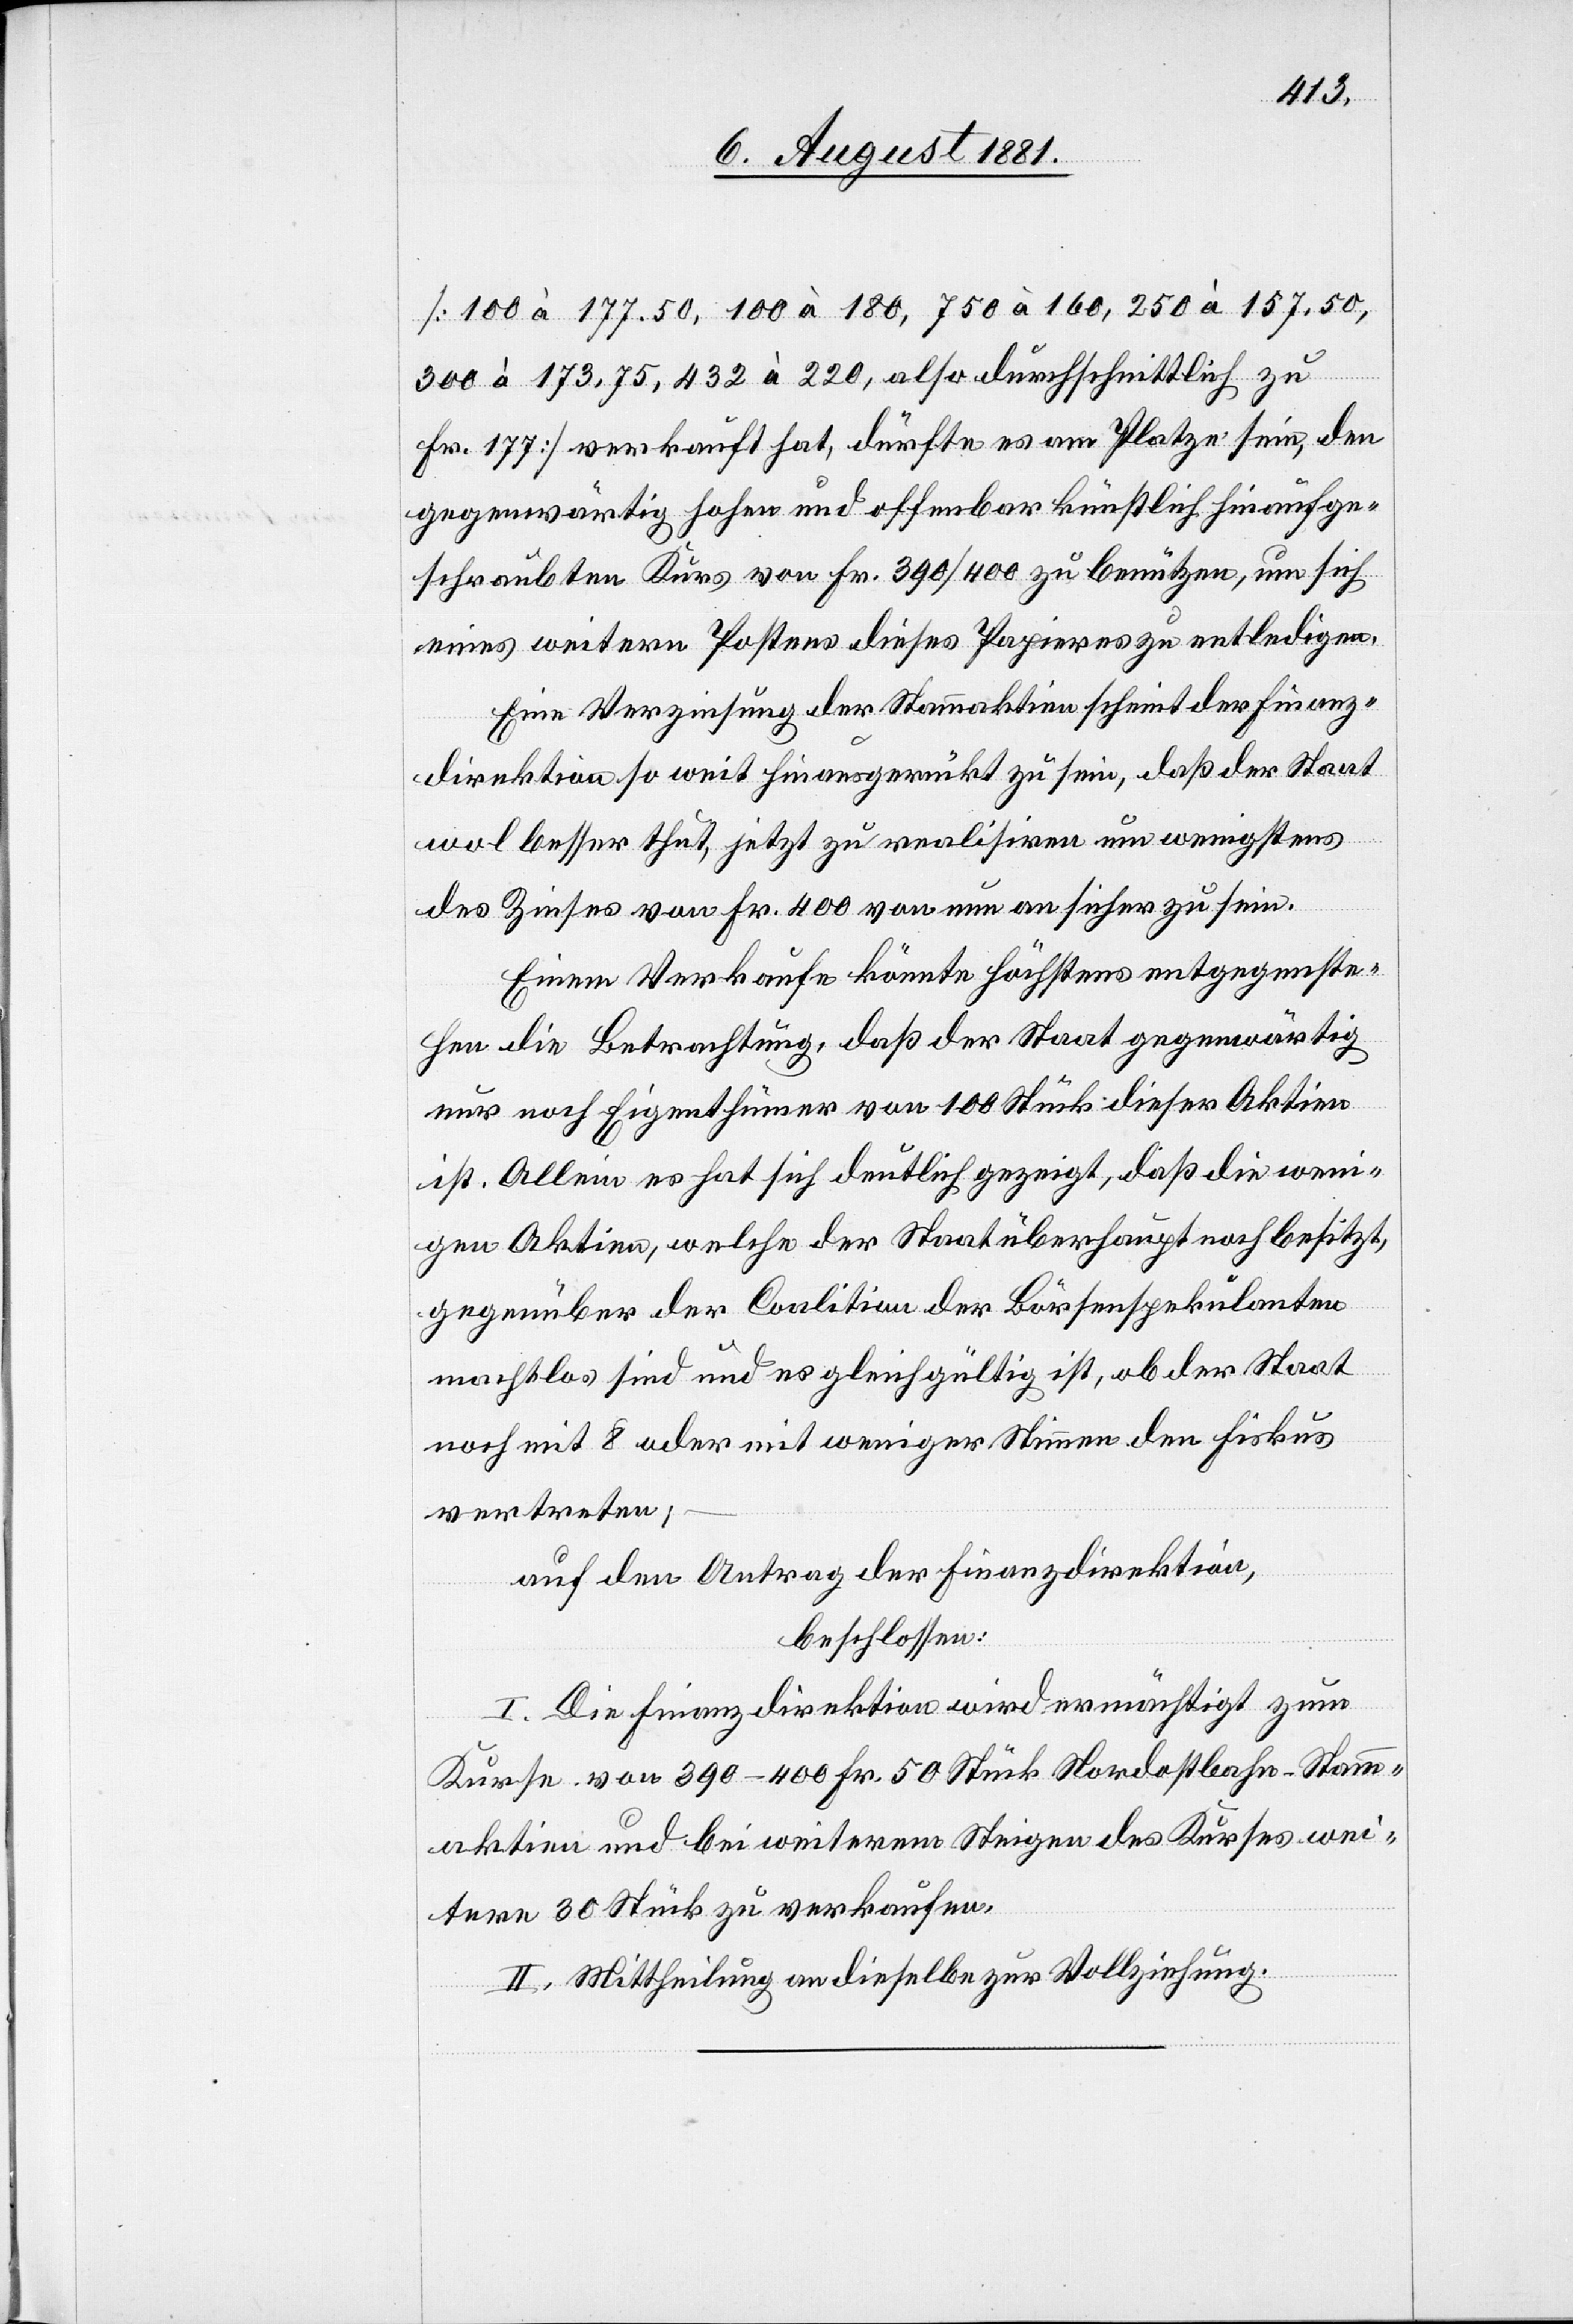
[100 à 177.50, 100 à 180, 750 à 160, 250 à 157.50,
300 à 173.75, 432 à 220, also durchschnittlich zu
Fr. 177] verkauft hat, dürfte es am Platze sein, den
gegenwärtig hohen und offenbar künstlich hinaufge¬
schraubten Kurs von Fr. 390/400 zu benützen, um sich
eines weitern Postens dieses Papieres zu entledigen.
Eine Verzinsung der Stammaktien scheint der Finanz¬
direktion so weit hinausgerückt zu sein, daß der Staat
wol besser thut, jetzt zu realisieren um wenigstens
des Zinses von Fr. 400 von nun an sicher zu sein.
Einem Verkaufe könnte höchstens entgegenste¬
hen die Betrachtung, daß der Staat gegenwärtig
nur noch Eigenthümer von 100 Stück dieser Aktien
ist. Allein es hat sich deutlich gezeigt, daß die weni¬
gen Aktien, welche der Staat überhaupt noch besitzt,
gegenüber der Coalition der Börsenspekulanten
machtlos sind und es gleichgültig ist, ob der Staat
noch mit 8 oder mit weniger Stimmen den Fiskus
vertreten;
auf den Antrag der Finanzdirektion,
beschlossen:
I. Die Finanzdirektion wird ermächtigt zum
Kurse von 390–400 Fr. 50 Stück Nordostbahn-Stamm¬
aktien und bei weiterem Steigen des Kurses wei¬
tere 30 Stück zu verkaufen.
II. Mittheilung an dieselbe zur Vollziehung.